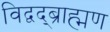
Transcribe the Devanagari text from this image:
विद्वद्ब्राह्मण